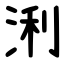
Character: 浰